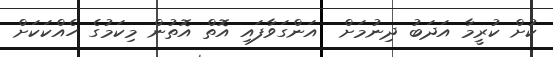
ކުށް ކުރީމާ އަދަބު ދިނުމަށް  އަންގަވާފައި އޮތް އޮތުން މިކަމުގެ ހެއްކަކަށް